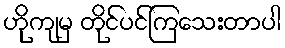
ဟိုကျမှ တိုင်ပင်ကြသေးတာပါ